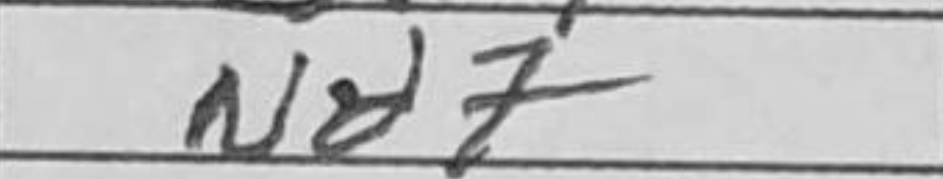
Transcription: Nd7